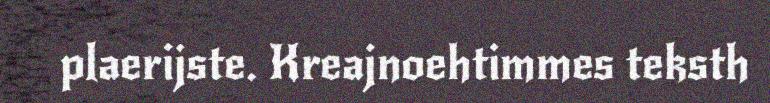
plaerijste. Kreajnoehtimmes teksth